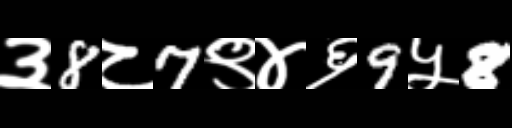
Text: ३8८7९४६9५8